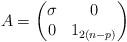
LaTeX: \begin{align*}A = \begin{pmatrix}\sigma & 0 \\0 & 1_{2(n-p)}\end{pmatrix}\end{align*}